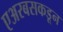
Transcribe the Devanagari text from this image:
एअरबसकडून